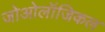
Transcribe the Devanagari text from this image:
जोओलॉजिकल